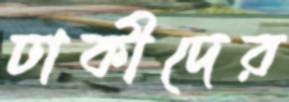
ঢাকীদের